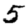
Digit: 5